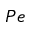
P e